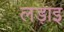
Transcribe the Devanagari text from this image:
लड़ाइ